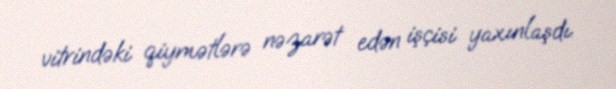
vitrindəki qiymətlərə nəzarət edən işçisi yaxınlaşdı.